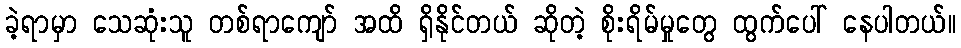
ခဲ့ရာမှာ သေဆုံးသူ တစ်ရာကျော် အထိ ရှိနိုင်တယ် ဆိုတဲ့ စိုးရိမ်မှုတွေ ထွက်ပေါ် နေပါတယ်။